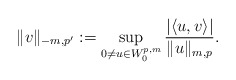
\begin{align*}\|v\|_{-m,p'}:=\sup_{0\not=u\in W^{p,m}_0}\frac{|\langle u,v\rangle|}{\|u\|_{m,p}}.\end{align*}